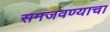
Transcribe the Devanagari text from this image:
समजवण्याचा